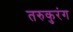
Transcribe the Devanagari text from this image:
तरुकुरंग